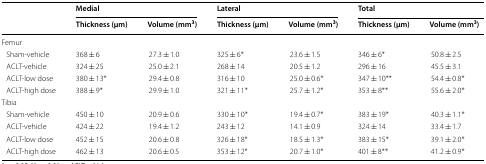
<table><thead><tr><td rowspan="2"></td><td colspan="2"><b>Medial</b></td><td colspan="2"><b>Lateral</b></td><td colspan="2"><b>Total</b></td></tr><tr><td><b>Thickness (μm)</b></td><td><b>Volume (mm<sup>3</sup>)</b></td><td><b>Thickness (μm)</b></td><td><b>Volume (mm<sup>3</sup>)</b></td><td><b>Thickness (μm)</b></td><td><b>Volume (mm<sup>3</sup>)</b></td></tr></thead><tbody><tr><td colspan="7">Femur</td></tr><tr><td> Sham-vehicle</td><td>368 ± 6</td><td>27.3 ± 1.0</td><td>325 ± 6*</td><td>23.6 ± 1.5</td><td>346 ± 6*</td><td>50.8 ± 2.5</td></tr><tr><td> ACLT-vehicle</td><td>324 ± 25</td><td>25.0 ± 2.1</td><td>268 ± 14</td><td>20.5 ± 1.2</td><td>296 ± 16</td><td>45.5 ± 3.1</td></tr><tr><td> ACLT-low dose</td><td>380 ± 13*</td><td>29.4 ± 0.8</td><td>316 ± 10</td><td>25.0 ± 0.6*</td><td>347 ± 10**</td><td>54.4 ± 0.8*</td></tr><tr><td> ACLT-high dose</td><td>388 ± 9*</td><td>29.9 ± 1.0</td><td>321 ± 11*</td><td>25.7 ± 1.2*</td><td>353 ± 8**</td><td>55.6 ± 2.0*</td></tr><tr><td colspan="7">Tibia</td></tr><tr><td> Sham-vehicle</td><td>450 ± 10</td><td>20.9 ± 0.6</td><td>330 ± 10*</td><td>19.4 ± 0.7*</td><td>383 ± 19*</td><td>40.3 ± 1.1*</td></tr><tr><td> ACLT-vehicle</td><td>424 ± 22</td><td>19.4 ± 1.2</td><td>243 ± 12</td><td>14.1 ± 0.9</td><td>324 ± 14</td><td>33.4 ± 1.7</td></tr><tr><td> ACLT-low dose</td><td>452 ± 15</td><td>20.6 ± 0.8</td><td>326 ± 18*</td><td>18.5 ± 1.3*</td><td>383 ± 15*</td><td>39.1 ± 2.0*</td></tr><tr><td> ACLT-high dose</td><td>462 ± 13</td><td>20.6 ± 0.5</td><td>353 ± 12*</td><td>20.7 ± 1.0*</td><td>401 ± 8**</td><td>41.2 ± 0.9*</td></tr></tbody></table>